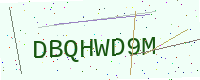
Text: DBQHWD9M